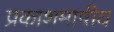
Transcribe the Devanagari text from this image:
प्रकाशमापीय